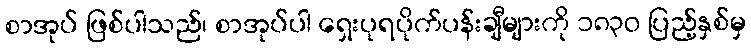
စာအုပ် ဖြစ်ပါသည်၊ စာအုပ်ပါ ရှေးပုရပိုက်ပန်းချီများကို ၁၈၃၀ ပြည့်နှစ်မှ